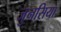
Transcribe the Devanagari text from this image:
जुनसिया